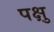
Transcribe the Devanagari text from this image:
पक्षु